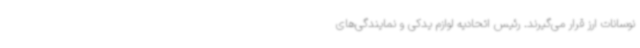
نوسانات ارز قرار می‌گیرند. رئیس اتحادیه لوازم یدکی و نمایندگی‌های